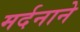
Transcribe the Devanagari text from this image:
मर्दनाने